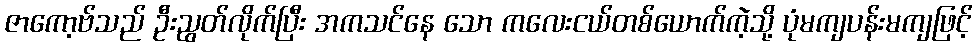
ဇာကော့ဗ်သည် ဦးညွတ်လိုက်ပြီး အကသင်နေ သော ကလေးငယ်တစ်ယောက်ကဲ့သို့ ပုံမကျပန်းမကျဖြင့်